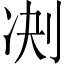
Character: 𪟅